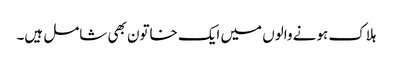
ہلاک ہونے والوں میں ایک خاتون بھی شامل ہیں۔